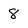
Character: 8